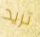
تريد